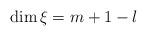
LaTeX: \begin{align*}\dim \xi =m+1-l \end{align*}